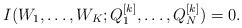
LaTeX: \begin{align*} I(W_1, \dots, W_K; Q_1^{[k]}, \dots, Q_N^{[k]} ) =0. \end{align*}